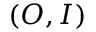
( O , I )